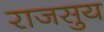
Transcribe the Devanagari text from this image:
राजसुय